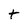
Character: t